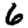
Digit: 6